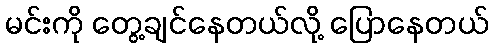
မင်းကို တွေ့ချင်နေတယ်လို့ ပြောနေတယ်